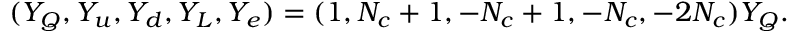
( Y _ { Q } , Y _ { u } , Y _ { d } , Y _ { L } , Y _ { e } ) = ( 1 , N _ { c } + 1 , - N _ { c } + 1 , - N _ { c } , - 2 N _ { c } ) Y _ { Q } .